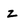
Character: z